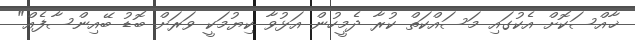
ޚާއްސަކޮށް އެކުގައި މަސައްކަތް ކުރާ ދެމީހުން އަޅުވާ ކިޔުމަކީ ވަރަށް ބޮޑު ބޭއިންސާފެއް"